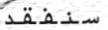
سنفقد